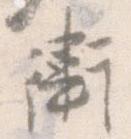
衛